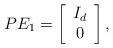
LaTeX: \begin{align*}PE_1=\left[\begin{array}{c} I_{d}\\0 \end{array}\right],\end{align*}